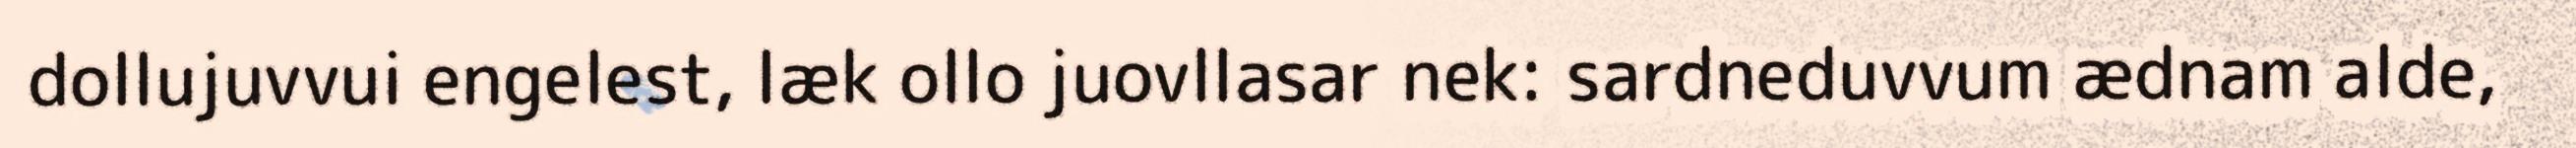
dollujuvvui engelest, læk ollo juovllasar nek: sardneduvvum ædnam alde,